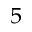
^ 5